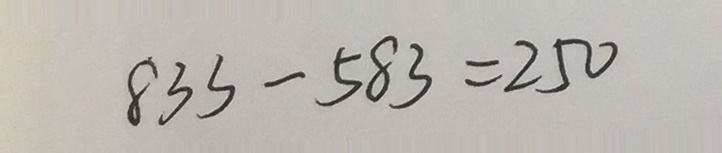
8 3 3 - 5 8 3 = 2 5 0